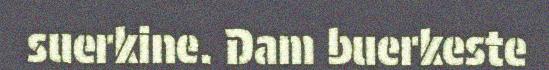
suerkine. Dam buerkeste